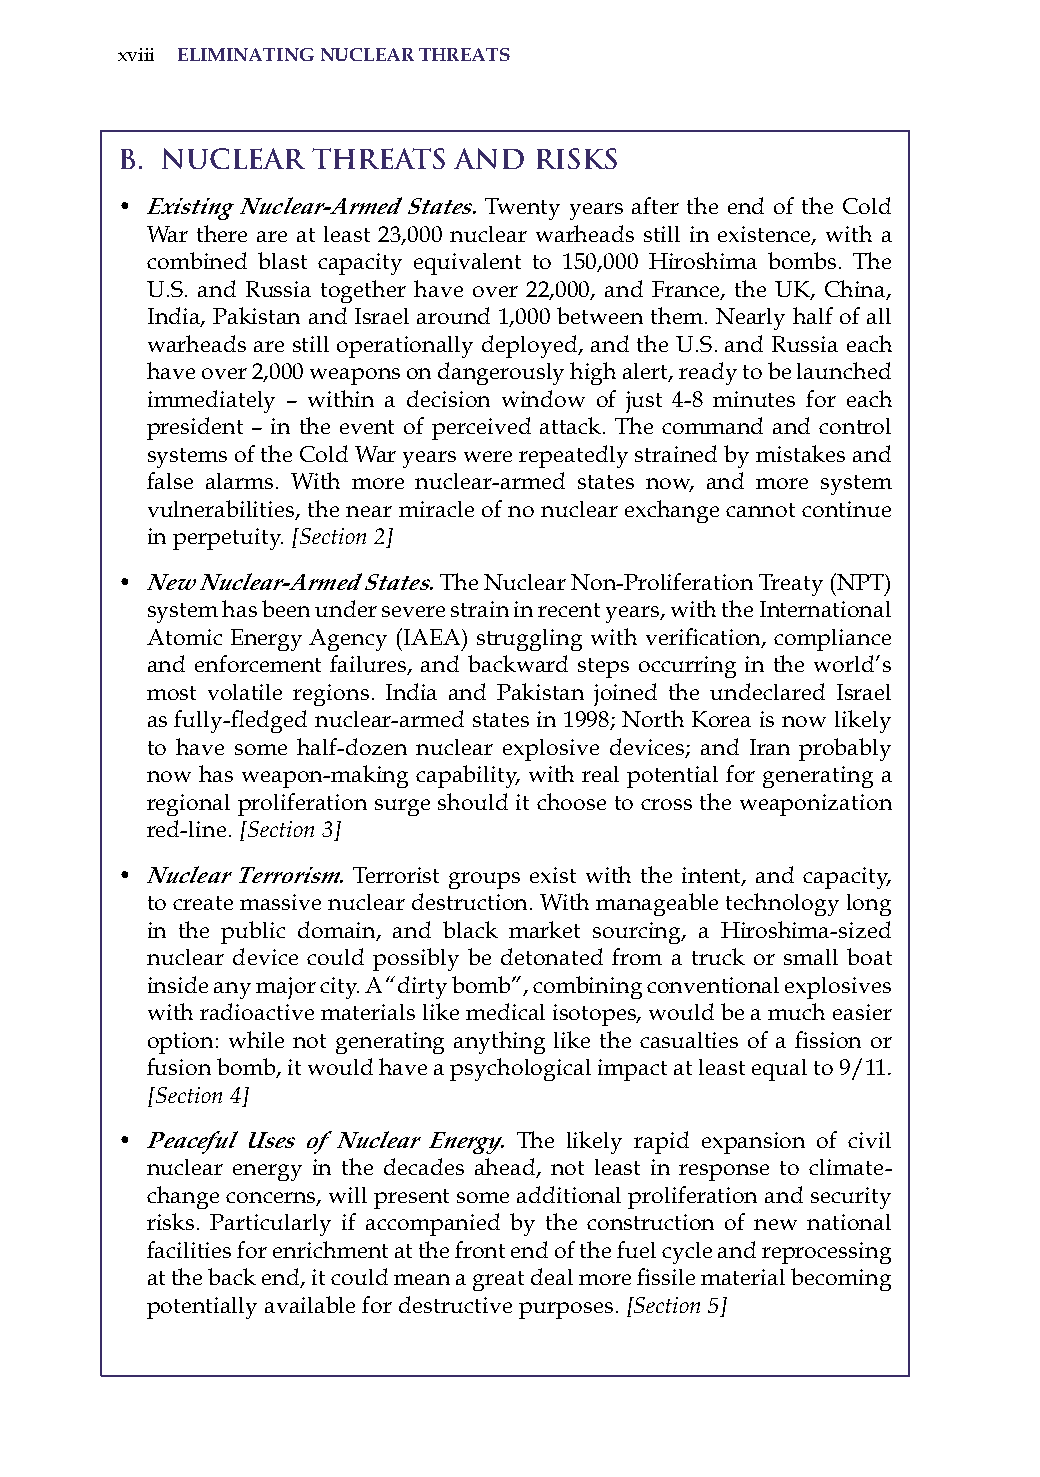
xviii eliminatinG nuclear threats
 B. NUCLEAR   THREATS  AND  RISKS
 • Existing Nuclear-Armed States. Twenty years after the end of the Cold
 War there are at least 23,000 nuclear warheads still in existence, with a
 combined blast capacity equivalent to 150,000 hiroshima bombs. The
 U.s. and russia together have over 22,000, and France, the UK, China,
 india, Pakistan and israel around 1,000 between them. Nearly half of all
 warheads are still operationally deployed, and the U.s. and russia each
 have over 2,000 weapons on dangerously high alert, ready to be launched
 immediately – within a decision window of just 4-8 minutes for each
 president – in the event of perceived attack. The command and control
 systems of the Cold War years were repeatedly strained by mistakes and
 false alarms. With more nuclear-armed states now, and more system
 vulnerabilities, the near miracle of no nuclear exchange cannot continue
 in perpetuity. [Section 2]
 • New Nuclear-Armed States. The Nuclear Non-Proliferation Treaty (NPT)
 system has been under severe strain in recent years, with the international
 Atomic Energy Agency (IAEA) struggling with verification, compliance
 and enforcement failures, and backward steps occurring in the world’s
 most volatile regions. india and Pakistan joined the undeclared israel
 as fully-fledged nuclear-armed states in 1998; North Korea is now likely
 to have some half-dozen nuclear explosive devices; and iran probably
 now has weapon-making capability, with real potential for generating a
 regional proliferation surge should it choose to cross the weaponization
 red-line. [Section 3]
 • Nuclear Terrorism. Terrorist groups exist with the intent, and capacity,
 to create massive nuclear destruction. With manageable technology long
 in the public domain, and black market sourcing, a hiroshima-sized
 nuclear device could possibly be detonated from a truck or small boat
 inside any major city. a “dirty bomb”, combining conventional explosives
 with radioactive materials like medical isotopes, would be a much easier
 option: while not generating anything like the casualties of a fission or
 fusion bomb, it would have a psychological impact at least equal to 9/11.
 [Section 4]
 • Peaceful Uses of Nuclear Energy. The likely rapid expansion of civil
 nuclear energy in the decades ahead, not least in response to climate-
 change concerns, will present some additional proliferation and security
 risks. Particularly if accompanied by the construction of new national
 facilities for enrichment at the front end of the fuel cycle and reprocessing
 at the back end, it could mean a great deal more fissile material becoming
 potentially available for destructive purposes. [Section 5]